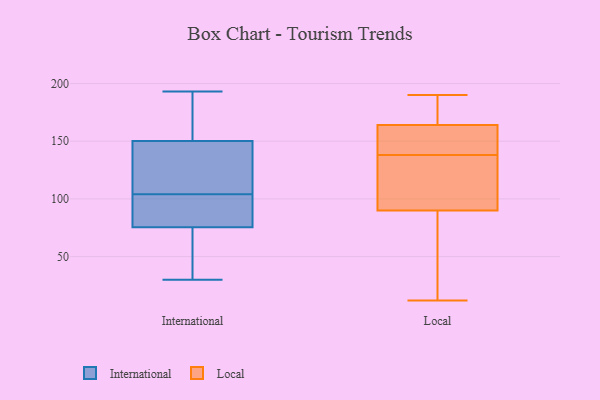
{"axis": {"x": "Churn Rate (%)", "y": "Value"}, "legend": ["International", "Local"], "data": [{"x": "", "y": 30, "type": "International"}, {"x": "", "y": 169, "type": "International"}, {"x": "", "y": 31, "type": "International"}, {"x": "", "y": 86, "type": "International"}, {"x": "", "y": 102, "type": "International"}, {"x": "", "y": 144, "type": "International"}, {"x": "", "y": 104, "type": "International"}, {"x": "", "y": 81, "type": "International"}, {"x": "", "y": 105, "type": "International"}, {"x": "", "y": 193, "type": "International"}, {"x": "", "y": 170, "type": "International"}, {"x": "", "y": 59, "type": "International"}, {"x": "", "y": 141, "type": "International"}, {"x": "", "y": 178, "type": "Local"}, {"x": "", "y": 149, "type": "Local"}, {"x": "", "y": 138, "type": "Local"}, {"x": "", "y": 32, "type": "Local"}, {"x": "", "y": 190, "type": "Local"}, {"x": "", "y": 94, "type": "Local"}, {"x": "", "y": 132, "type": "Local"}, {"x": "", "y": 154, "type": "Local"}, {"x": "", "y": 138, "type": "Local"}, {"x": "", "y": 180, "type": "Local"}, {"x": "", "y": 163, "type": "Local"}, {"x": "", "y": 13, "type": "Local"}, {"x": "", "y": 188, "type": "Local"}, {"x": "", "y": 164, "type": "Local"}, {"x": "", "y": 47, "type": "Local"}, {"x": "", "y": 90, "type": "Local"}, {"x": "", "y": 125, "type": "Local"}, {"x": "", "y": 12, "type": "Local"}]}